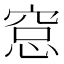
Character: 𥦗